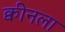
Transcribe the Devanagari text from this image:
क्वीनला